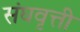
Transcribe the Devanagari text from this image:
संघवृत्ती